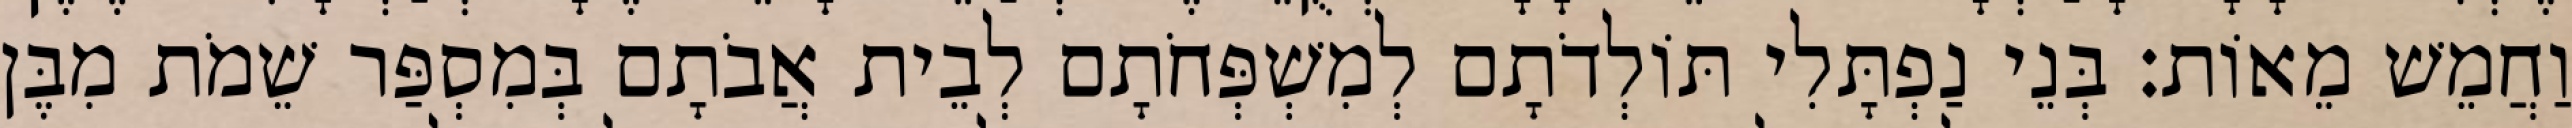
וַחֲמֵשׁ מֵאוֹת׃ בְּנֵי נַפְתָּלִי תּוֹלְדֹתָם לְמִשְׁפְּחֹתָם לְבֵית אֲבֹתָם בְּמִסְפַּר שֵׁמֹת מִבֶּן